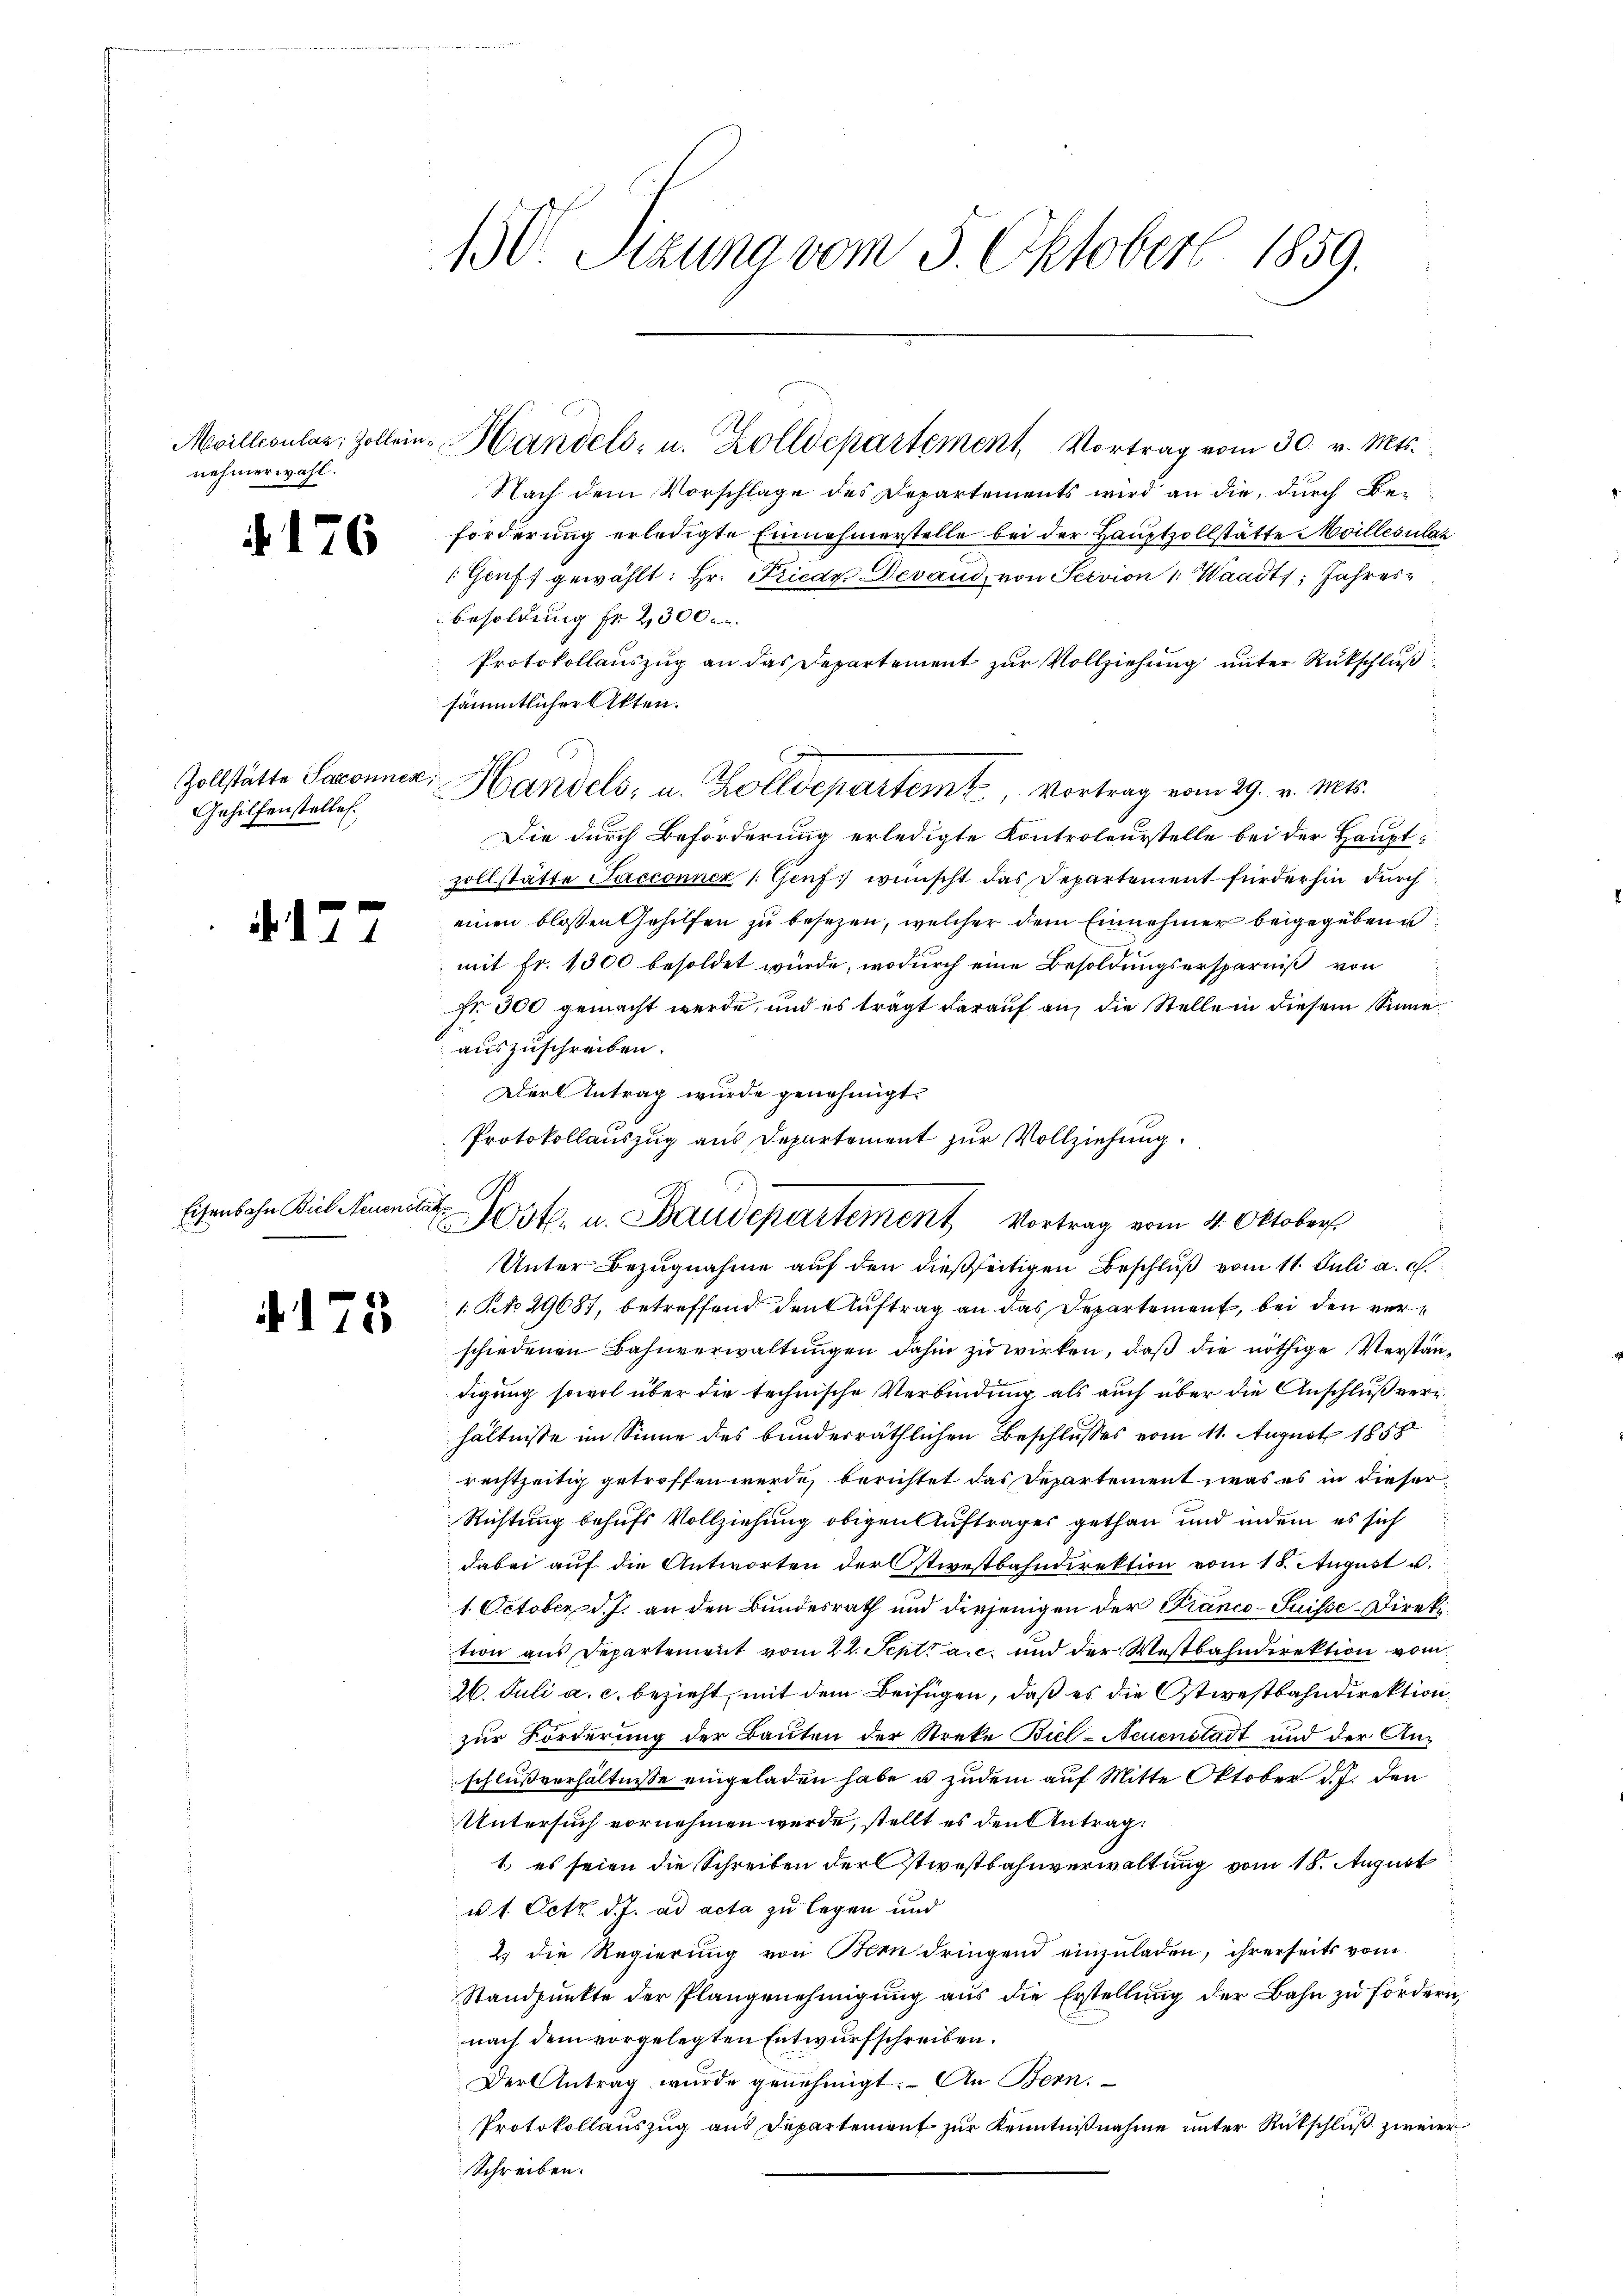
nehmerwahl.

176

Zollstätte Paconnen,
Gehilfenstellen.

. 17.

130. Sitzung vom 5. Oktober 1859.

2

Nach dem Vorschlage des Departements wird an die, durch Be-
forderung erledigte Einnahmerstelle bei der Hauptzollstätte Meillesulat
Genf, gewählt: Hr. Frieder Devand, von Servion 1. Waadt, Jahres¬
Besoldung fr 2300.
Protokollaŭszŭg an das Departement zŭr Vollziehŭng ŭnter Rükschlŭβ
sämmtlicher Akten.
Die durch Beförderung erledigte Kontroleurstelle bei der Hauptzollstätte Sacconnez /: Genf, wünscht das Departement fürderhin durch
einen blossen Gehilfen zu besezen, welcher dem Einnehmer beigegebene
mit Fr. 1300 besoldet wurde, wodurch eine Besoldungsersparniß von
Nr. 300 gemacht werde, und es trägt darauf an, die Stelle in diesem Sinne
auszuschreiben.
Dort Antrag wurde genehmigt.
Protokollauszug aus Departement zur Vollziehung.
Unter Bezugnahme auf den dießseitigen Beschluß vom 11. Juli a. c.
1 Ro. 29687, betreffend den Auftrag an das Departement, bei den verschiedenen Bahnverwaltungen dahin zu wirken, daß die nöthige Verstandigung sowol über die technische Verbindung als auch über die Anschluß verhältnisse im Sinne des bunderräthlichen Beschlusses vom 11. August 1858
rechtzeitig getroffen werde, berichtet das Departement was es in dieser
Richtung behufs Vollziehung obigen Auftrages gethan und indem es sich
dabei auf die Antworten der Ostwestbahndirektion vom 18. August u.
1. October d. J. an den Bundesrath und derjenigen der Franco-Suisse-Direktion aus Departement vom 22. Sept a.c. und der Westbahndirektion vom
26. Juli a. c. bezieht, mit dem Beifügen, daß es die Ostwestbahndirektion,
zur Forderung der Bauten der Streke Biel-Neuenstadt und der Anschlußverhältnisse eingeladen habe u. zudem auf Mitte Oktober d.J. den
Untersuch vornehmen werde, stellt es den Antrag:
1. es seien die Schreiben der Stiestbahnverwaltung vom 18. August
u 1. Octz d. J. ad acta zu legen und
2. die Regierung von Bern dringend einzuladen, ihrerseits vom
Standpŭnkte der Plangenehmigŭng aŭs die Erstellŭng der Bahn zŭ fördern,
nach dem vorgelegten Entwurfschreiben.
Der Antrag wurde genehmigt. An Bern.
Protokollauszug aus Departement zur Kenntnißnahme unter Rütschluß zweier
Schreiben.

Eisenbahn Biel Neuenstatt

173

Moillecular Zollein Handels- u. Zolldepartement Vortrag vom 30. v. Mts.

Handels- u. Zolldepartemt, Vortrag vom 29. v. Mts.

Post. u. Baudepartement Vortrag vom 4. Oktober